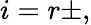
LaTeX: i=r\pm,